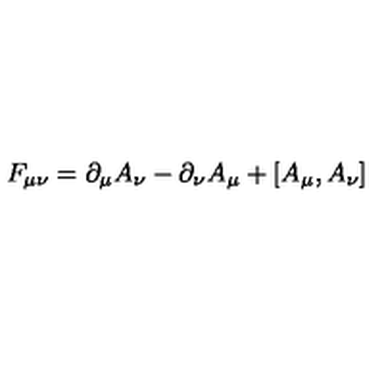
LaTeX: F _ { \mu \nu } = \partial _ { \mu } A _ { \nu } - \partial _ { \nu } A _ { \mu } + [ A _ { \mu } , A _ { \nu } ]